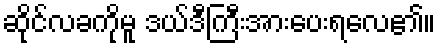
ဆိုင်လခကိုမူ ဒယ်ဒီကြီးအားပေးရလေ၏။